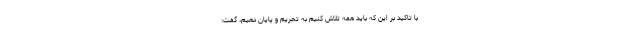
با تاکید بر این که باید همه تلاش کنیم به تحریم و پایان دهیم، گفت: